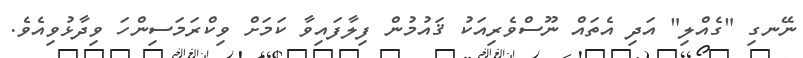
ނޭނގި "ގެއްލި" އަދި އެތައް ނޫސްވެރިއަކު ޤައުމުން ފިލާފައިވާ ކަމަށް ވިކްރަމަސިންހަ ވިދާޅުވިއެވެ.